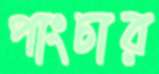
পাংচার